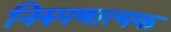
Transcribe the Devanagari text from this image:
निरुपणात्मक